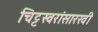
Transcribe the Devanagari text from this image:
चिट्टस्वरांसारखी